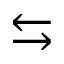
\leftrightarrows